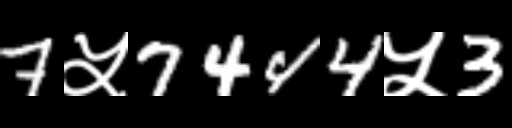
Text: 7५7444५3